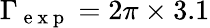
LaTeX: \Gamma_{\mathrm{~e~x~p~}}=2\pi\times 3.1